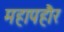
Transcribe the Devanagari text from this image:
महापहौर